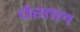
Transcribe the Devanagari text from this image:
चेरतल